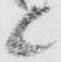
候